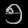
Digit: ၅